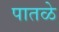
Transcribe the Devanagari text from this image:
पातळे